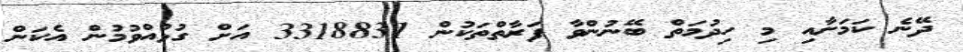
ދޭނެ ކަމަށާއި މި ހިދުމަތް ބޭނުންވާ ފަރާތްތަކުން 3318831 އަށް ގުޅުއްވުމުން އެކަން